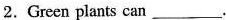
2.Green plants can ___.